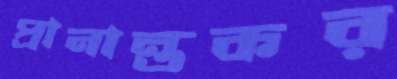
প্রানান্তকর